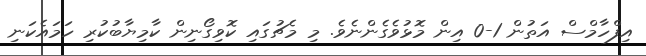
އިފްހާމްސް އަތުން 1-0 އިން މޮޅުވެގެންނެވެ. މި މެޗުގައި ކޮވިިގޯނިން ކާމިޔާބުކުރި ހަމައެކަނި